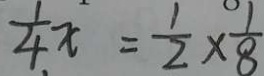
\frac { 1 } { 4 } x = \frac { 1 } { 2 } \times \frac { 1 } { 8 }